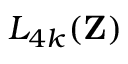
L _ { 4 k } ( \mathbf { Z } )